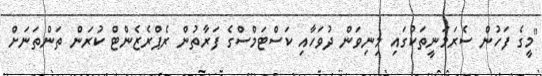
"މީގެ ފަހުން ސެރަމަނީތަކުގައި މިނިވަން ދުވަހާއި ކަސްޓަމްސްގެ ފަރާތުން ރެޕްރެޒެންޓް ކުރަން ތަންތަނަށް